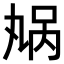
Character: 𫡬